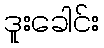
ဒူးခေါင်း